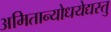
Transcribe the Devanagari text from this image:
अमितान्योधयेद्यस्तु